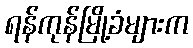
ရန်ကုန်မြို့ခံများက